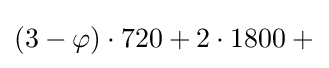
(3-\varphi )\cdot 720+2\cdot 1800+{}\!